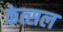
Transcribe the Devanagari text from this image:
केत्सल